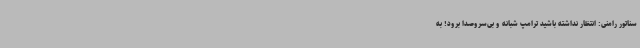
سناتور رامنی: انتظار نداشته باشید ترامپ شبانه و بی‌سروصدا برود! به